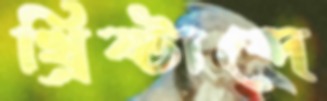
খ্রিষ্টাব্দে